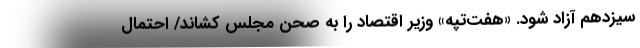
سیزدهم آزاد شود. «هفت‌تپه» وزیر اقتصاد را به صحن مجلس کشاند/ احتمال